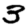
Digit: 3